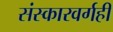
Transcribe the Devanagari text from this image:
संस्कारवर्गही